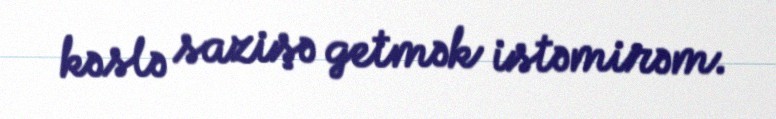
kəslə sazişə getmək istəmirəm.